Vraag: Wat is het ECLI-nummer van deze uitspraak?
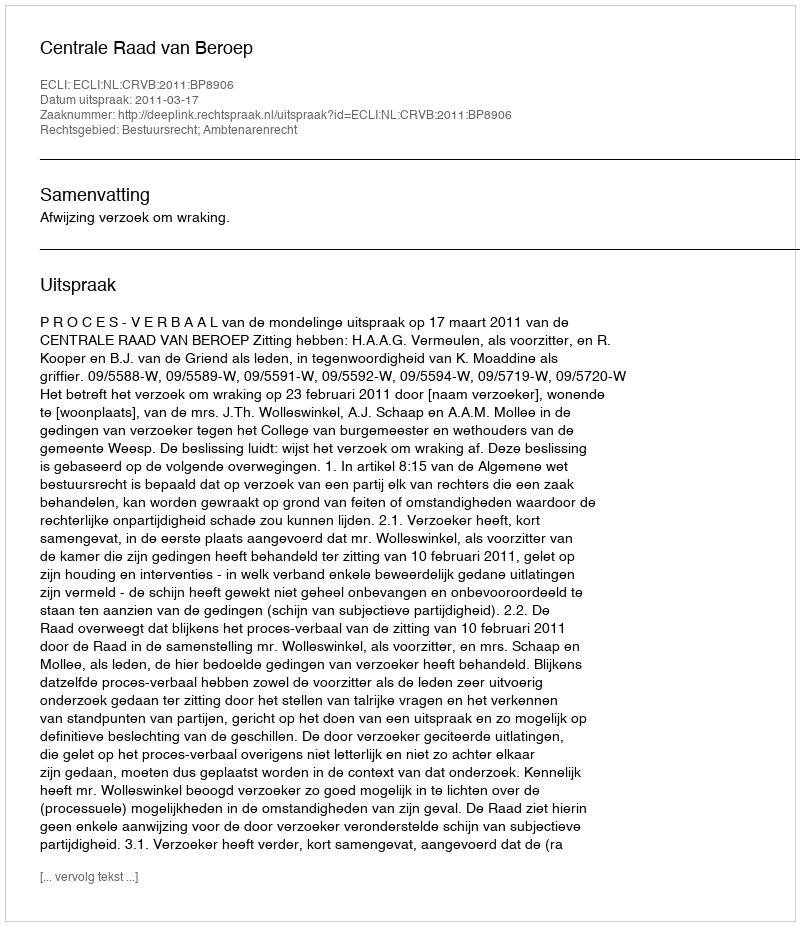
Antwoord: ECLI:NL:CRVB:2011:BP8906